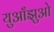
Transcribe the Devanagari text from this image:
युआँझुओ